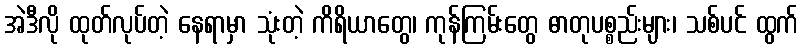
အဲဒီလို ထုတ်လုပ်တဲ့ နေရာမှာ သုံးတဲ့ ကိရိယာတွေ၊ ကုန်ကြမ်းတွေ ဓာတုပစ္စည်းများ၊ သစ်ပင် ထွက်